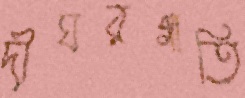
দীঘরগাতি